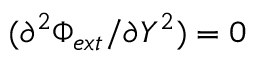
( \partial ^ { 2 } \Phi _ { e x t } / \partial Y ^ { 2 } ) = 0